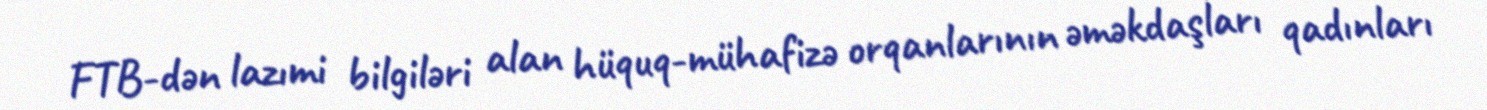
FTB-dən lazımi bilgiləri alan hüquq-mühafizə orqanlarının əməkdaşları qadınları